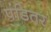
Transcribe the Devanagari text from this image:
पंडितर